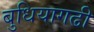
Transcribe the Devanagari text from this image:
बुधियागढी